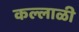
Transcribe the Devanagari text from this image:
कल्लाळी